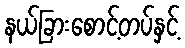
နယ်ခြားစောင့်တပ်နှင့်